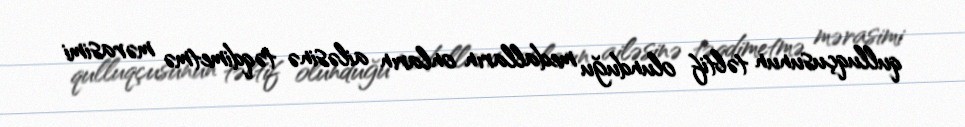
qulluqçusunun təltif olunduğu medalların onların ailəsinə təqdimetmə mərasimi